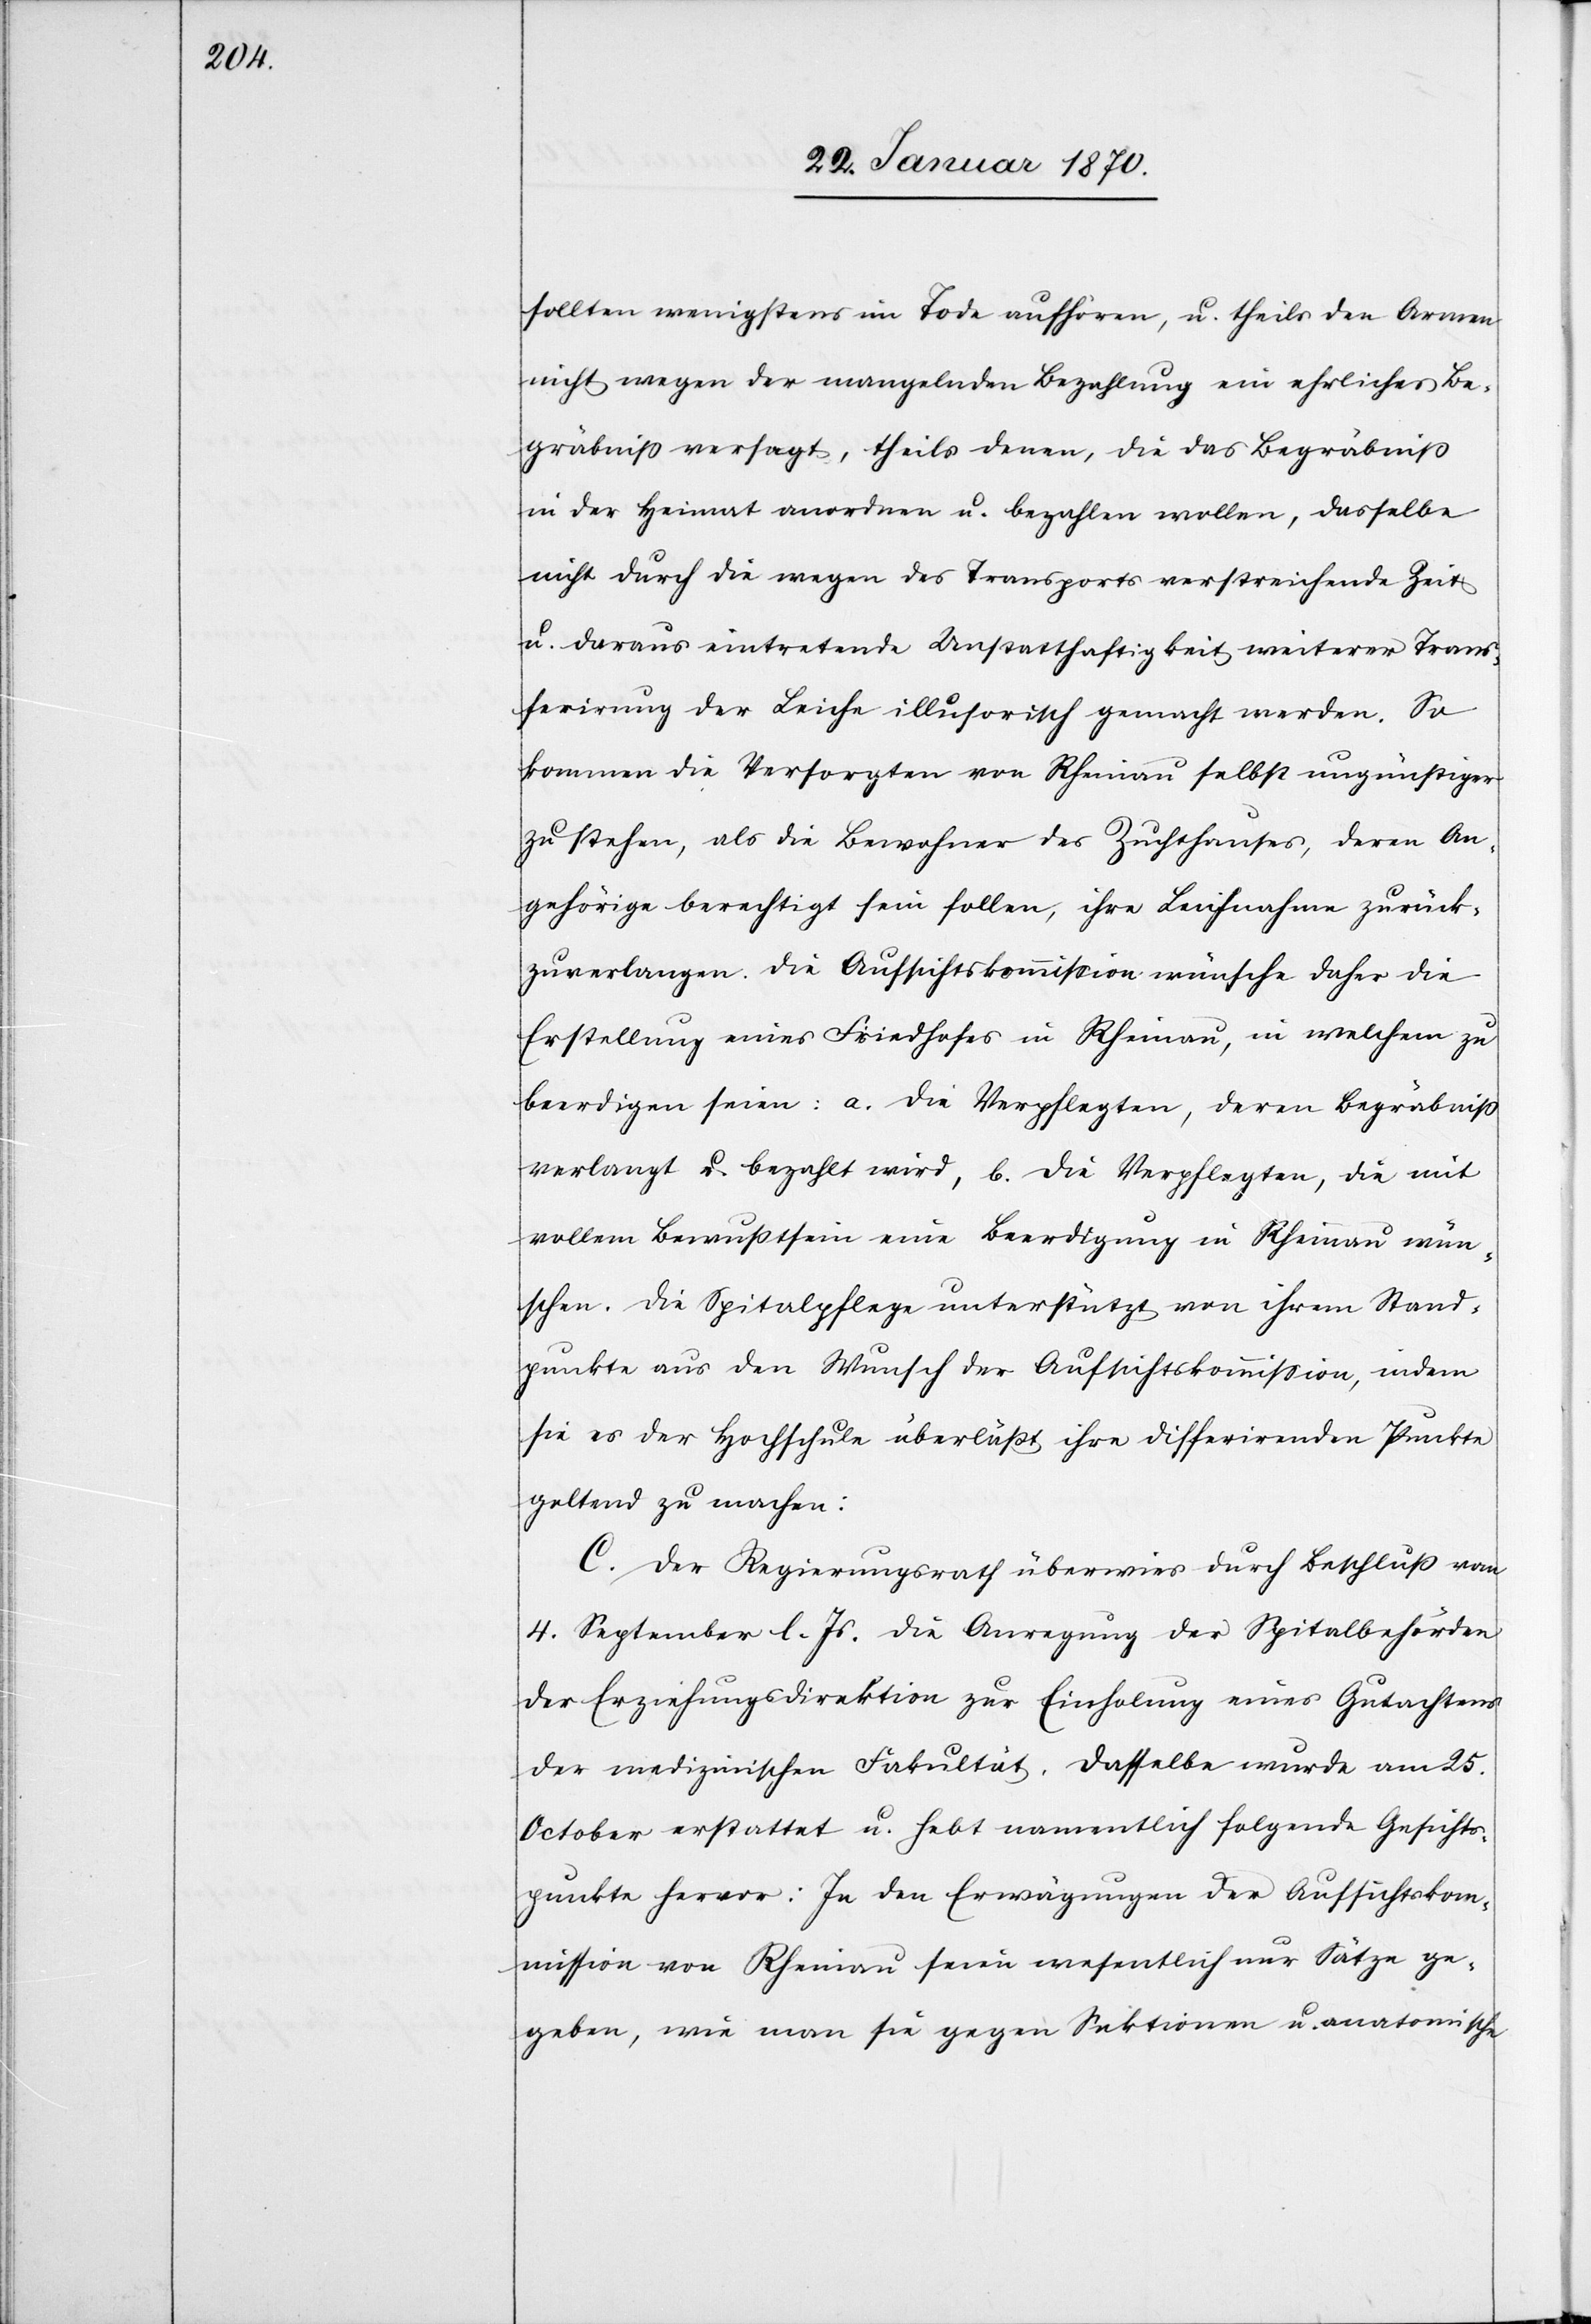
sollten wenigstens im Tode aufhören, u. theils den Armen
nicht wegen der mangelnden Bezahlung ein ehrliches Be¬
gräbniß versagt, theils denen, die das Begräbniß
in der Heimat anordnen u. bezahlen wollen, dasselbe
nicht durch die wegen des Transports verstreichende Zeit
u. daraus eintretende Unstatthaftigkeit weiterer Trans¬
ferirung der Leiche illusorisch gemacht werden. So
kommen die Versorgten von Rheinau selbst ungünstiger
zu stehen, als die Bewohner des Zuchthauses, deren An¬
gehörige berechtigt sein sollen, ihre Leichnahme zurück¬
zuverlangen. Die Aufsichtskommission wünsche daher die
Erstellung eines Friedhofes in Rheinau, in welchem zu
beerdigen seien: a. Die Verpflegten, deren Begräbniß
verlangt u. bezahlt wird, b. Die Verpflegten, die mit
vollem Bewußtsein eine Beerdigung in Rheinau wün¬
schen. Die Spitalpflege unterstützt von ihrem Stand¬
punkte aus den Wunsch der Aufsichtskommission, indem
sie es der Hochschule überläßt ihre differirenden Punkte
geltend zu machen:
C. Der Regierungsrath überwies durch Beschluß vom
4. September l. Js. die Anregung der Spitalbehörden
der Erziehungsdirektion zur Einholung eines Gutachtens
der medizinischen Fakultät. Dasselbe wurde am 25.
October erstattet u. hebt namentlich folgende Gesichts¬
punkte hervor: In den Erwägungen der Aufsichtskom¬
mission von Rheinau seien wesentlich nur Sätze ge¬
geben, wie man sie gegen Sektionen u. anatomische